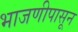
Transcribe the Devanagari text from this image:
भाजणीपासून